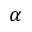
\alpha